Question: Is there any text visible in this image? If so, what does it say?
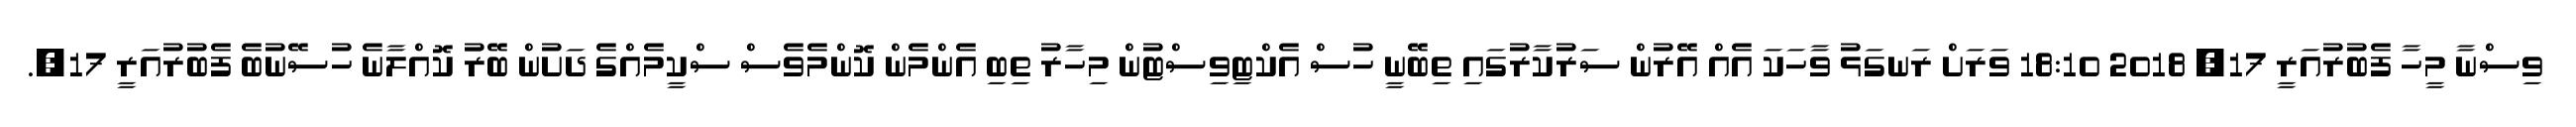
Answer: ވިސްނާ މީހާ ފެބުރުއަރީ 17, 2018 18:10 ވަރަށް ރަނގަޅު ވާހަކަ އެއް އޭރުން ސަރުކާރުގައި ތިބޭނީ ހުސް އެކްޓިވިސްޓުން މިހާރު ތިބި އެންމެން ކޮންމެވެސް ސްކީމެއްގެ ދަށުން ބޭރުަ ކޮއްލާނެ ހުސޭނުބެ ފެބުރުއަރީ 17,.